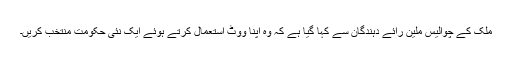
ملک کے چوالیس ملین رائے دہندگان سے کہا گیا ہے کہ وہ اپنا ووٹ استعمال کرتے ہوئے ایک نئی حکومت منتخب کریں۔